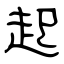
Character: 起